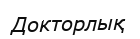
Докторлық